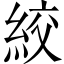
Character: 絞